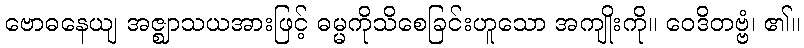
ဗောဓနေယျ အဇ္ဈာသယအားဖြင့် ဓမ္မကိုသိစေခြင်းဟူသော အကျိုးကို။ ဝေဒိတဗ္ဗံ၊ ၏။